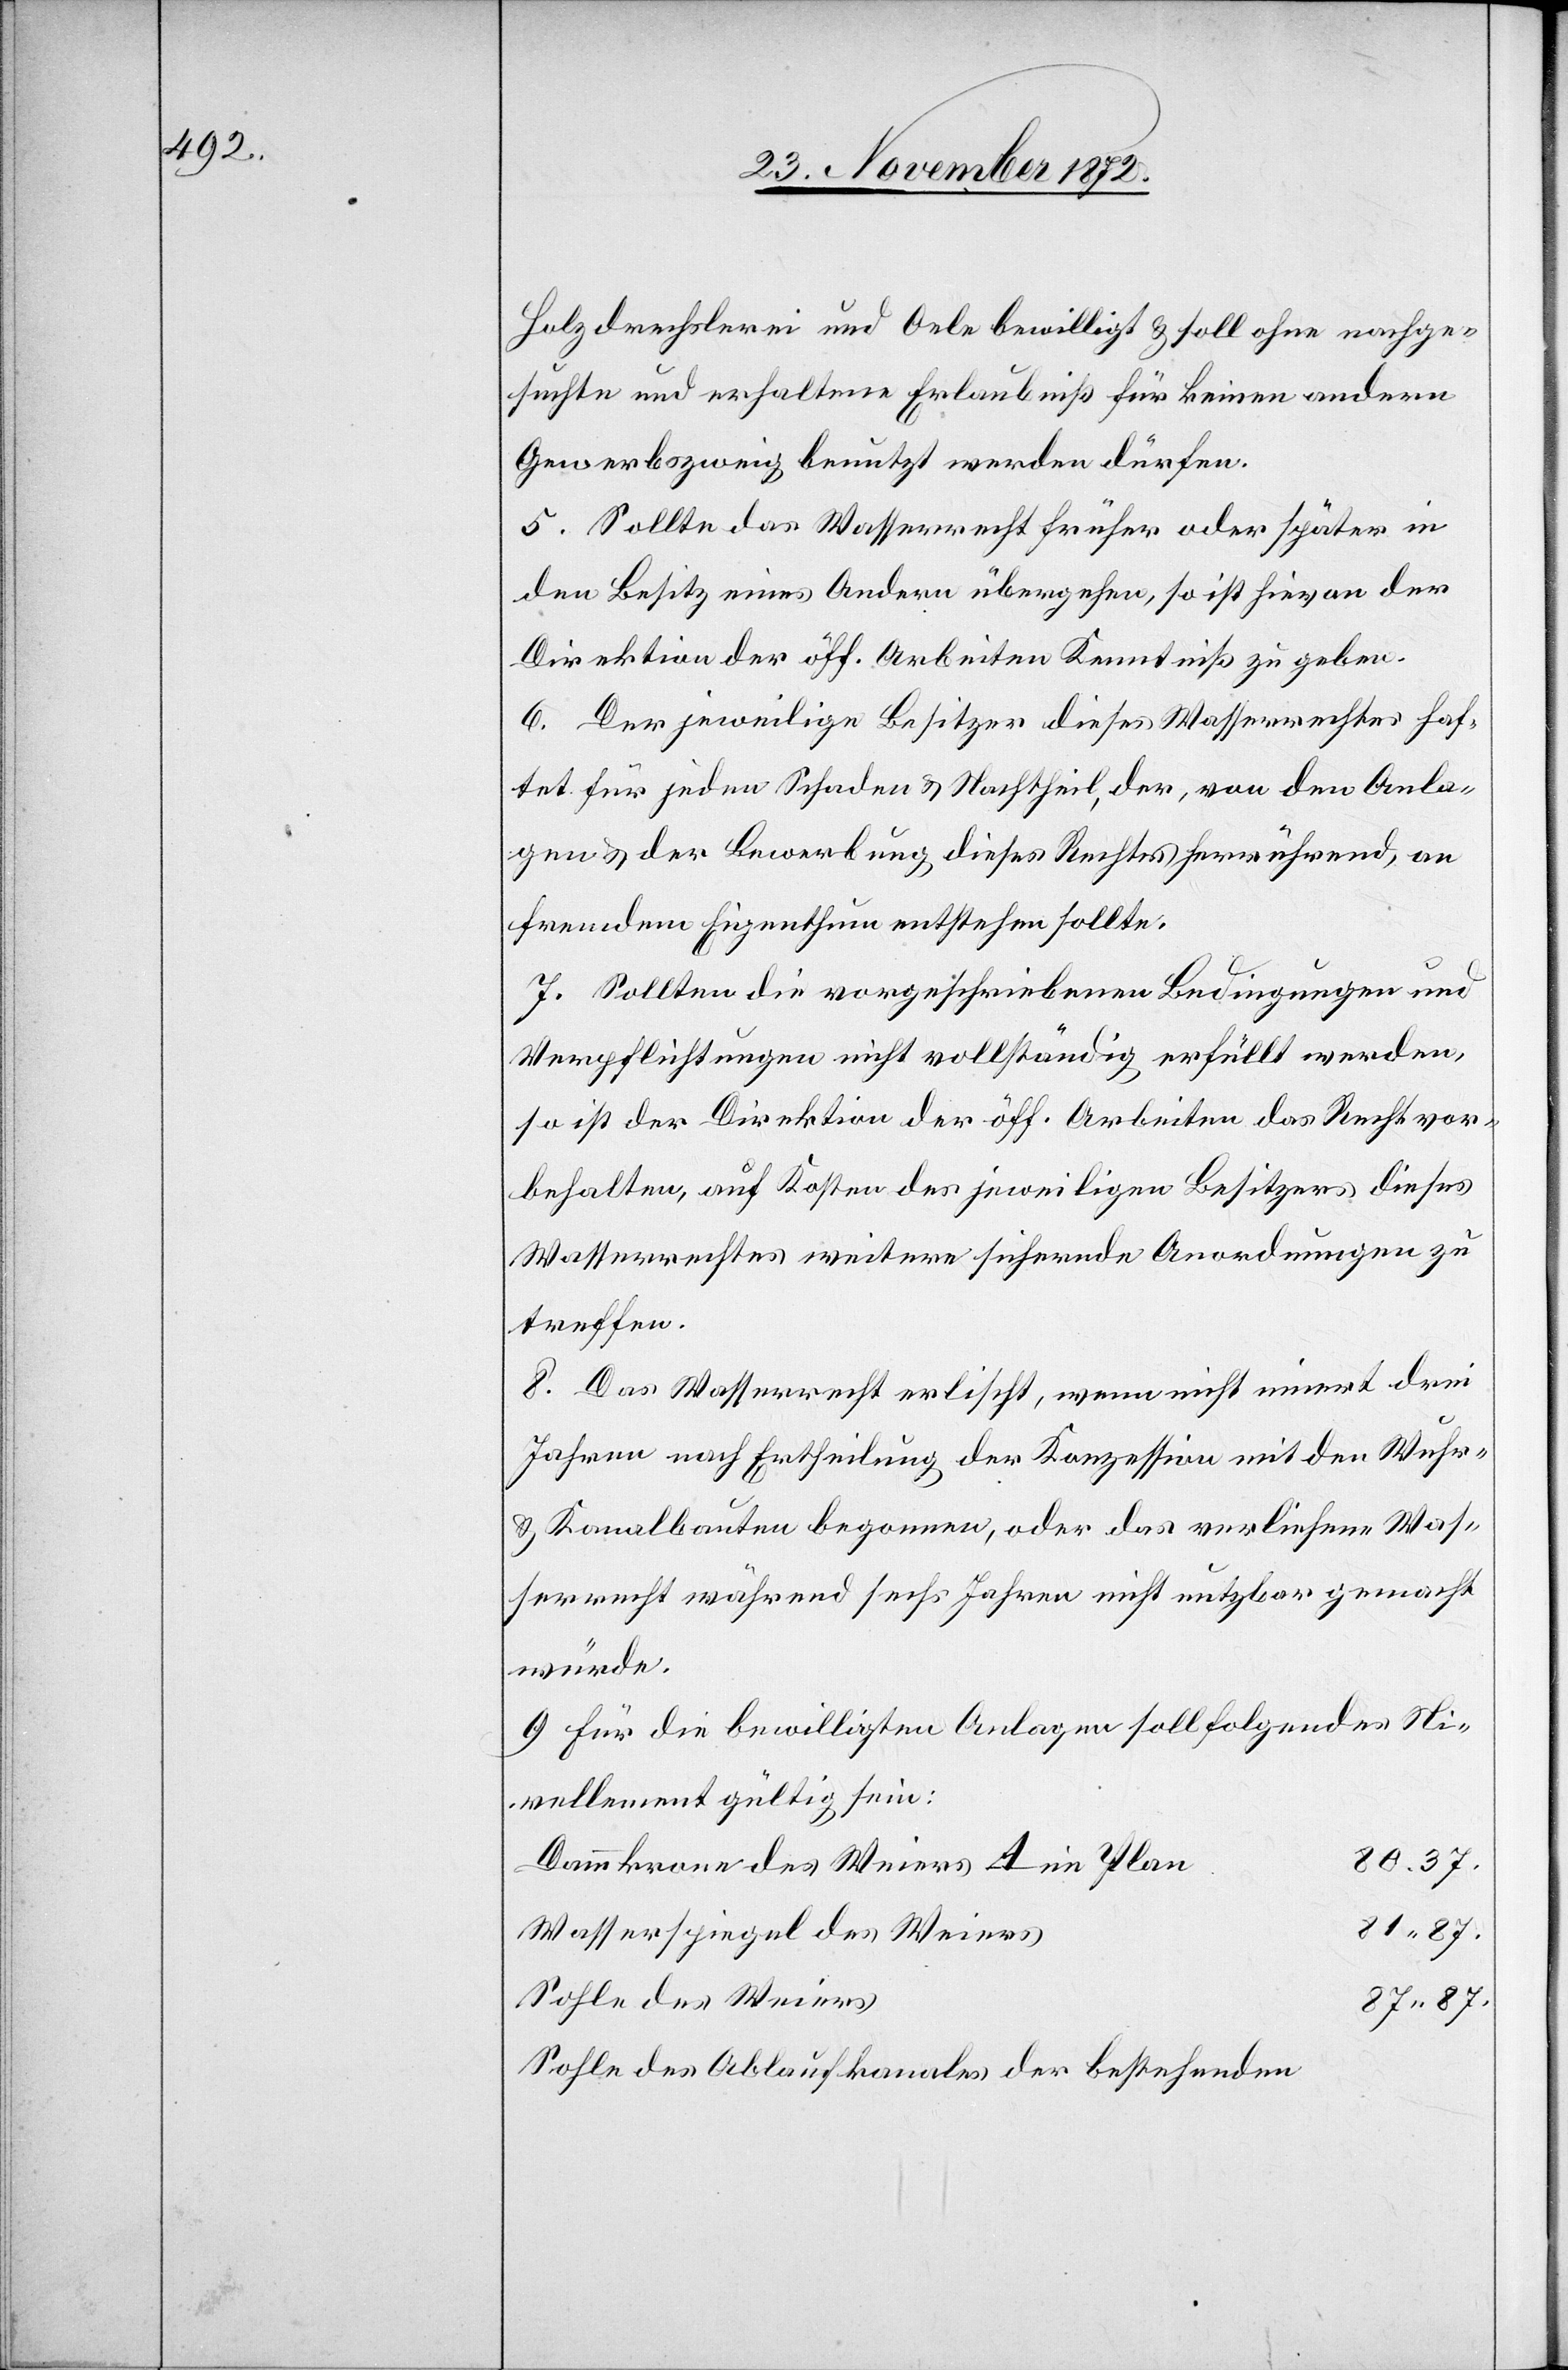
Holzdrechslerei und Oele bewilligt u. soll ohne nachge¬
suchte und erhaltene Erlaubniß für keinen andern
Gewerbszweig benutzt werden dürfen.
5. Sollte das Wasserrecht früher oder später in
den Besitz eines Andern übergehen, so ist hievon der
Direktion der öff. Arbeiten Kenntniß zu geben.
6. Der jeweilige Besitzer dieses Wasserrechtes haf¬
tet für jeden Schaden u. Nachtheil, der, von den Anla¬
gen u. der Bewerbung dieses Rechtes herrührend, an
fremdem Eigenthum entstehen sollte.
7. Sollten die vorgeschriebenen Bedingungen und
Verpflichtungen nicht vollständig erfüllt werden,
so ist der Direktion der öff. Arbeiten das Recht vor¬
behalten, auf Kosten des jeweiligen Besitzers dieses
Wasserrechtes weitere sichernde Anordnungen zu
treffen.
8. Das Wasserrecht erlischt, wenn nicht innert drei
Jahren nach Ertheilung der Konzession mit den Wuhr-
u. Kanalbauten begonnen, oder das verliehene Was¬
serrecht während sechs Jahren nicht nutzbar gemacht
würde.
9. Für die bewilligten Anlagen soll folgendes Ni¬
vellement gültig sein:
80 37.
Dammkrone des Weiers A im Plan
81 87.
Wasserspiegel des Weiers
Sohle des Weiers
87 87.
Sohle des Ablaufkanales der bestehenden